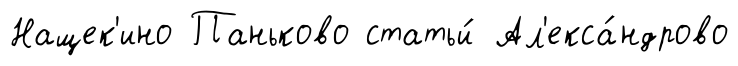
Нащек'ино Паньково статьи́ Ал'екса́ндрово